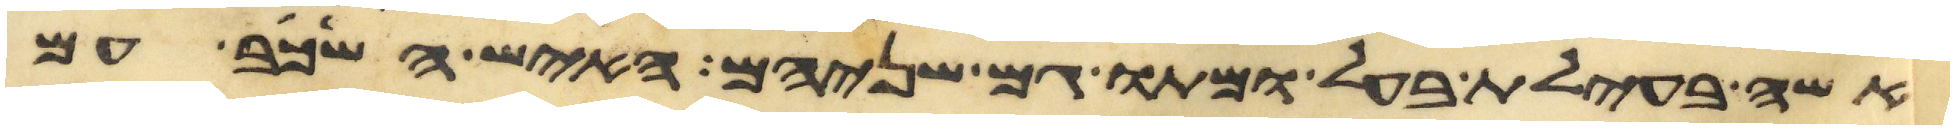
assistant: אשה בעילת בעל ומתו גם שניהם האיש השכב עם